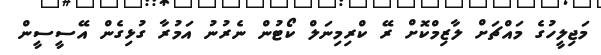
މަޖިލީހުގެ މައްޗަށް ލާޒިމްކޮށް ރޭ ކްރިމިނަލް ކޯޓުން ނެރުނު އަމުރާ ގުޅިގެން އޭސީސީން